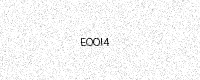
Text: EOOI4